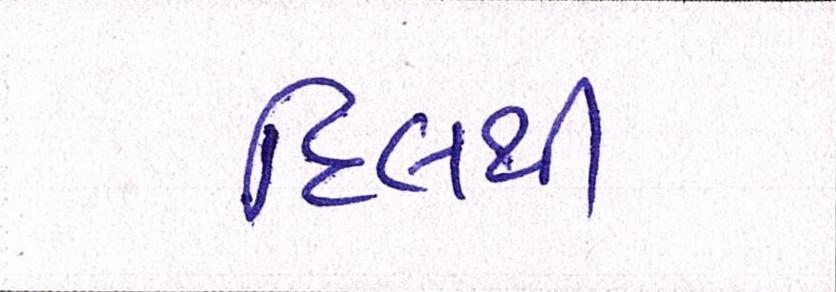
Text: દિલથી